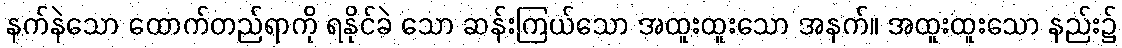
နက်နဲသော ထောက်တည်ရာကို ရနိုင်ခဲ သော ဆန်းကြယ်သော အထူးထူးသော အနက်။ အထူးထူးသော နည်း၌